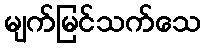
မျက်မြင်သက်သေ